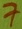
Text: 7